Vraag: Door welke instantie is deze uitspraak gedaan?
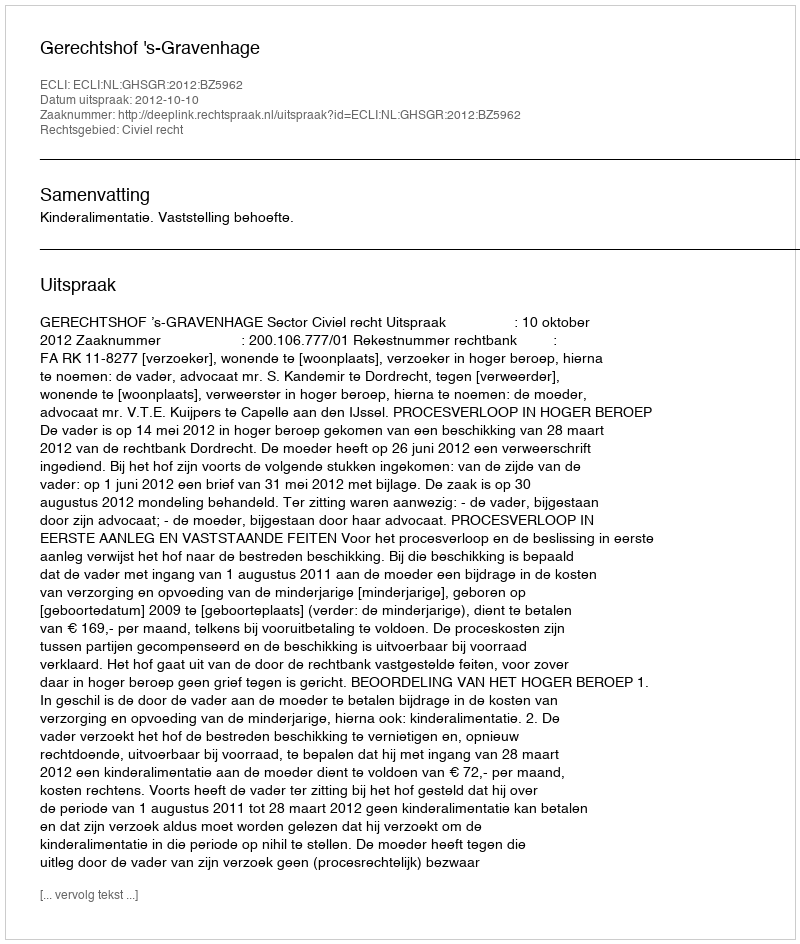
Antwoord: Gerechtshof 's-Gravenhage